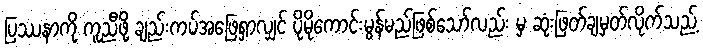
ပြဿနာကို ကူညီဖို့ ချည်းကပ်အဖြေရှာလျှင် ပိုမိုကောင်းမွန်မည်ဖြစ်သော်လည်း မှ ဆုံးဖြတ်ချမှတ်လိုက်သည့်